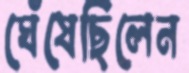
ঘেঁষেছিলেন